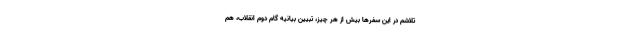
تلاشم در این سفرها بیش از هر چیز، تبیین بیانیه گام دوم انقلاب، هم